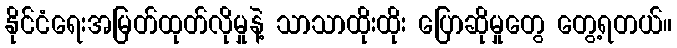
နိုင်ငံရေးအမြတ်ထုတ်လိုမှုနဲ့ သာသာထိုးထိုး ပြောဆိုမှုတွေ တွေ့ရတယ်။